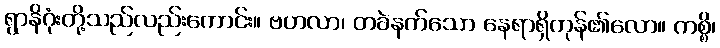
ရွာနိဂုံးတို့သည်လည်းကောင်း။ ဗဟလာ၊ တခဲနက်သော နေရာရှိကုန်၏လော။ ကစ္စိ၊